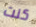
كنت